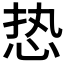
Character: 𰑔